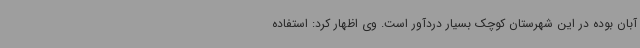
آبان بوده در این شهرستان کوچک بسیار دردآور است. وی اظهار کرد: استفاده